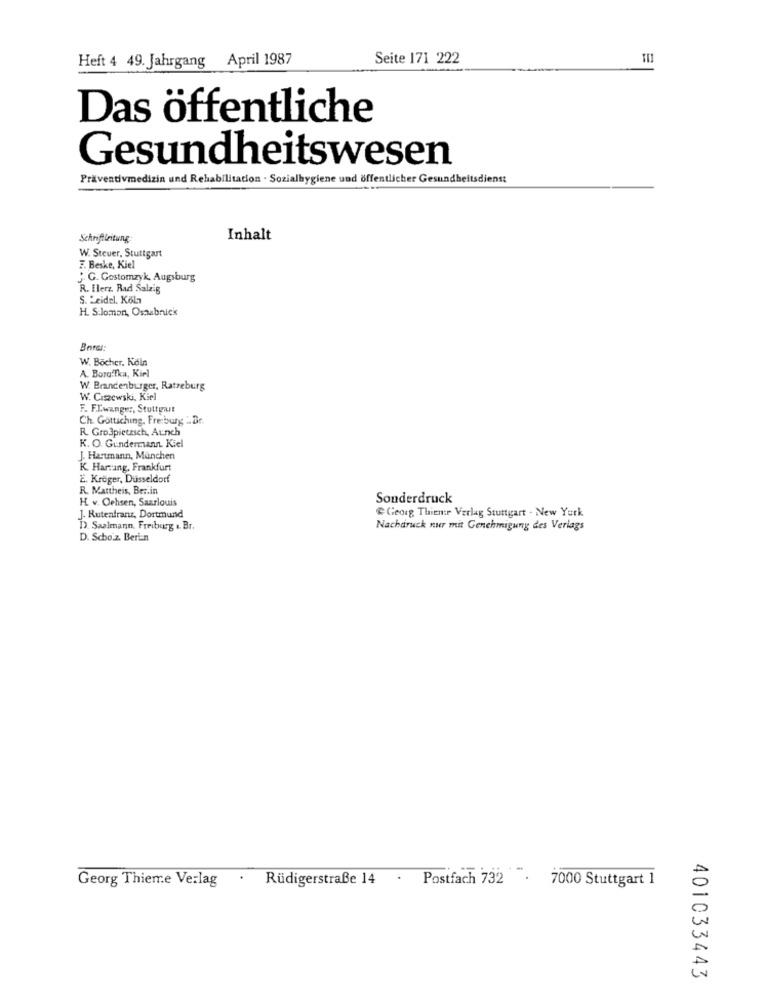
Seite 171 222
Heft 4 49. Jahrgang April 1987
Das öffentliche
Gesundheitswesen
Präventivmedizin und Rehabilitation . Sozialhygiene und öffentlicher Gesundheitsdienst
Schriftleitung
Inhalt
W. Steuer, Stuttgart
F. Beske, Kiel
" G. Gostomzyk, Augsburg
R. Herz. Rad Salzig
S. Leidel. Köln
H. S.lomon, Osaabnick
Borst:
W. Böcher. Köln
A. Borg.Tka, Kiel
W. Brandenburger, Ratzeburg
W. Ciszewski, Kiel
F. FL.wanger, Stuttgart
Ch. Gottsching, Freiburg _ Br.
R. Gro3pietzsch, Aunch
K. O. Gundermann. Kiel
J. Hartmann, München
K. Harring, Frankfurt
2. Kröger, Düsseldorf
R. Mattheis, Ber.in
H. v. Ochsen, Saarlouis
Sonderdruck
Georg Thieme Verlag Stuttgart . New York
J. Rutenfranz, Dortmund
D). Saalmann, Freiburg & Br.
Nachdruck nur mit Genehmigung des Verlags
D. Scho.z. Berian
Georg Thieme Verlag
Rüdigerstraße 14
. Postfach 732
. 7000 Stuttgart 1
401033443